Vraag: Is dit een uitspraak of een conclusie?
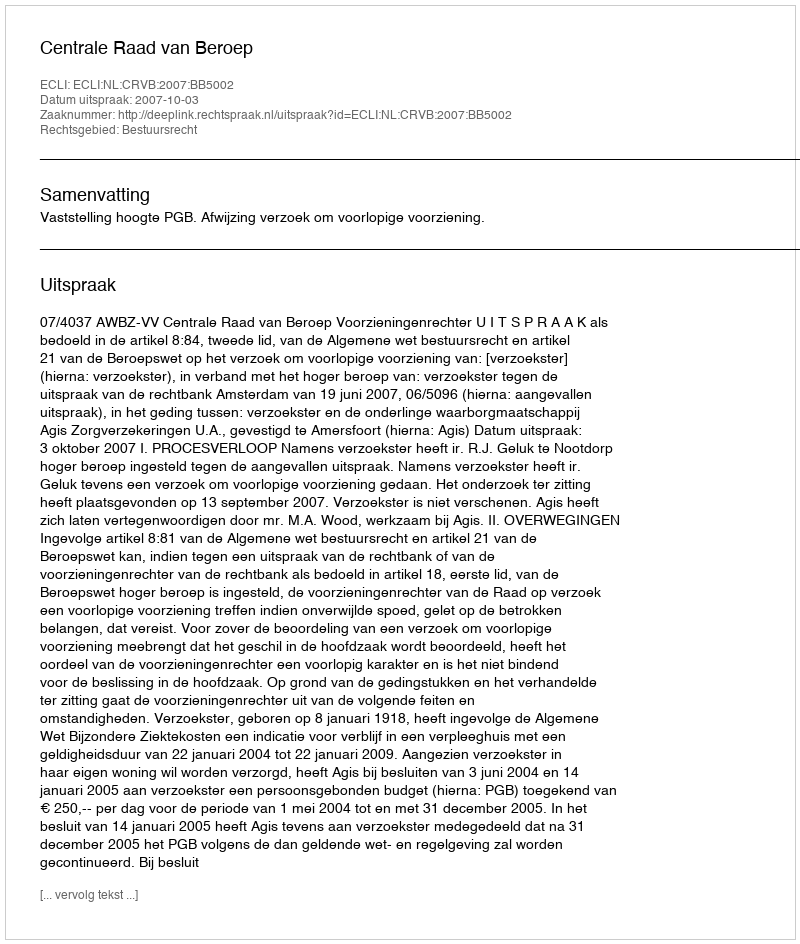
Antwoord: Uitspraak